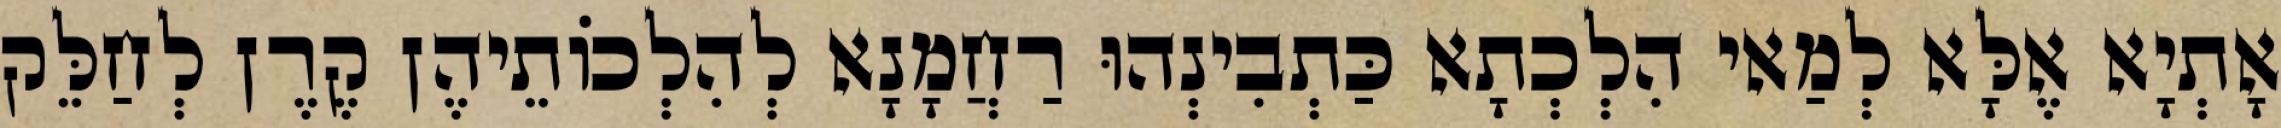
אָתְיָא אֶלָּא לְמַאי הִלְכְתָא כַּתְבִינְהוּ רַחֲמָנָא לְהִלְכוֹתֵיהֶן קֶרֶן לְחַלֵּק